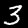
Digit: 3